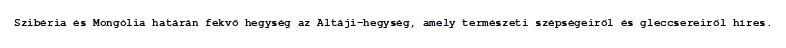
Szibéria és Mongólia határán fekvő hegység az Altáji-hegység, amely természeti szépségeiről és gleccsereiről híres.